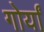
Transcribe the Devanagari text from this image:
गोर्यां